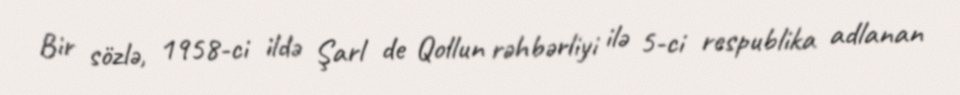
Bir sözlə, 1958-ci ildə Şarl de Qollun rəhbərliyi ilə 5-ci respublika adlanan